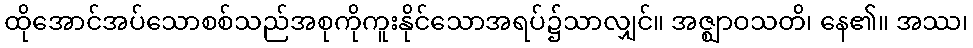
ထိုအောင်အပ်သောစစ်သည်အစုကိုကူးနိုင်သောအရပ်၌သာလျှင်။ အဇ္ဈာဝသတိ၊ နေ၏။ အဿ၊